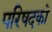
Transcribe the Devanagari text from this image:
परिषदको